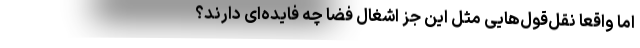
اما واقعاً نقل‌قول‌هایی مثلِ این جُز اِشغال فضا چه فایده‌ای دارند؟